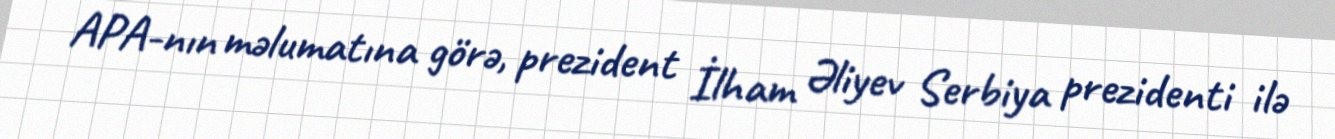
APA-nın məlumatına görə, prezident İlham Əliyev Serbiya prezidenti ilə